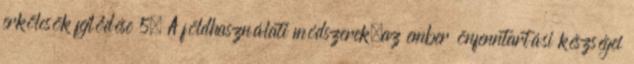
erkölcsök fejlődése 5. A földhasználati módszerek—az ember önfenntartási készségei